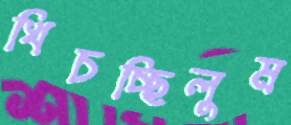
খিচচ্ছিলুম